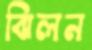
ঝিলন